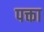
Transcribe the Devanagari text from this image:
पक्ता